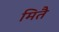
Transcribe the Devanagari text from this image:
मितै